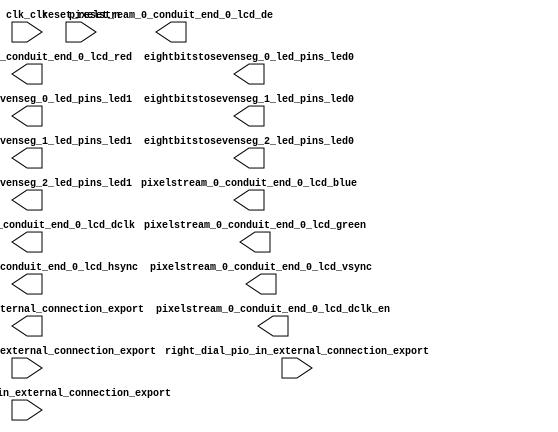

module clarvi_soc (
	clk_clk,
	displaybuttons_pio_in_external_connection_export,
	leds_pio_out_external_connection_export,
	left_dial_pio_in_external_connection_export,
	pixelstream_0_conduit_end_0_lcd_red,
	pixelstream_0_conduit_end_0_lcd_green,
	pixelstream_0_conduit_end_0_lcd_blue,
	pixelstream_0_conduit_end_0_lcd_hsync,
	pixelstream_0_conduit_end_0_lcd_vsync,
	pixelstream_0_conduit_end_0_lcd_de,
	pixelstream_0_conduit_end_0_lcd_dclk,
	pixelstream_0_conduit_end_0_lcd_dclk_en,
	reset_reset_n,
	right_dial_pio_in_external_connection_export,
	eightbitstosevenseg_0_led_pins_led0,
	eightbitstosevenseg_0_led_pins_led1,
	eightbitstosevenseg_1_led_pins_led0,
	eightbitstosevenseg_1_led_pins_led1,
	eightbitstosevenseg_2_led_pins_led0,
	eightbitstosevenseg_2_led_pins_led1);	

	input		clk_clk;
	input	[15:0]	displaybuttons_pio_in_external_connection_export;
	output	[9:0]	leds_pio_out_external_connection_export;
	input	[7:0]	left_dial_pio_in_external_connection_export;
	output	[7:0]	pixelstream_0_conduit_end_0_lcd_red;
	output	[7:0]	pixelstream_0_conduit_end_0_lcd_green;
	output	[7:0]	pixelstream_0_conduit_end_0_lcd_blue;
	output		pixelstream_0_conduit_end_0_lcd_hsync;
	output		pixelstream_0_conduit_end_0_lcd_vsync;
	output		pixelstream_0_conduit_end_0_lcd_de;
	output		pixelstream_0_conduit_end_0_lcd_dclk;
	output		pixelstream_0_conduit_end_0_lcd_dclk_en;
	input		reset_reset_n;
	input	[7:0]	right_dial_pio_in_external_connection_export;
	output	[6:0]	eightbitstosevenseg_0_led_pins_led0;
	output	[6:0]	eightbitstosevenseg_0_led_pins_led1;
	output	[6:0]	eightbitstosevenseg_1_led_pins_led0;
	output	[6:0]	eightbitstosevenseg_1_led_pins_led1;
	output	[6:0]	eightbitstosevenseg_2_led_pins_led0;
	output	[6:0]	eightbitstosevenseg_2_led_pins_led1;
endmodule